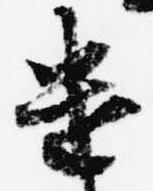
遣